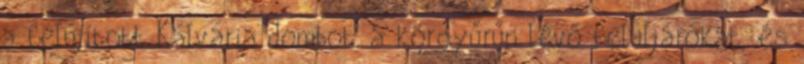
a felújított Kálvária dombot, a körgyűrűn lévő felüljárókat, és